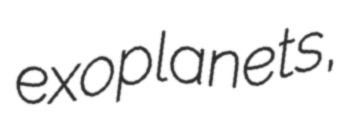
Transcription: exoplanets,